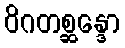
ဝိဂတစ္ဆန္ဒော